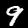
Label: 9